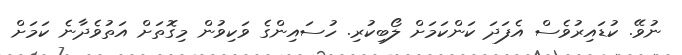
ނުވޭ. ކުޑައިރުވެސް އެފަދަ ކަންކަމަށް ލޯބިކުރި. ހުސައިންގެ ވަކިވުން މިގޮތަށް އަތުވެދާނެ ކަމަށް